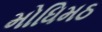
મોધિમઠ